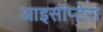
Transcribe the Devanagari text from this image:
आइसॉप्टेरा